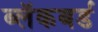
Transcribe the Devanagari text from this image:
ब्लॅकबर्ड